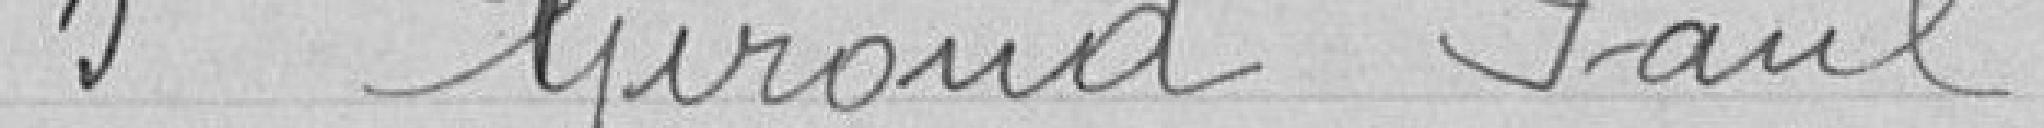
5 Giroud Paul